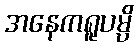
အနေကရူပမ္ပိ